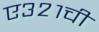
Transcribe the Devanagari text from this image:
ए३२१ची